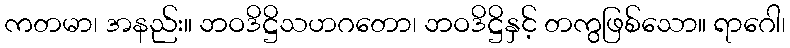
ကတမာ၊ အနည်း။ ဘဝဒိဋ္ဌိသဟဂတော၊ ဘဝဒိဋ္ဌိနှင့် တကွဖြစ်သော။ ရာဂေါ၊